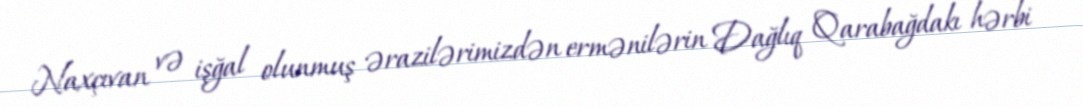
Naxçıvan və işğal olunmuş ərazilərimizdən ermənilərin Dağlıq Qarabağdakı hərbi